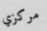
مركزي